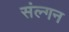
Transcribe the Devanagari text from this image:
संल्गन